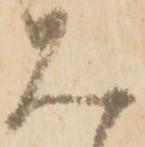
見